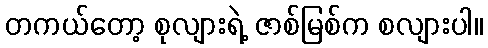
တကယ်တော့ စုလျားရဲ့ ဇာစ်မြစ်က စလျားပါ။